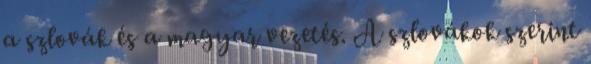
a szlovák és a magyar vezetés. A szlovákok szerint